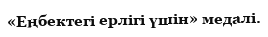
«Еңбектегі ерлігі үшін» медалі.